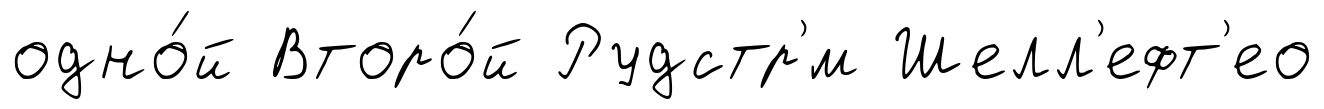
одно́й Второ́й Рудстр'́м Шелл'ефт'ео